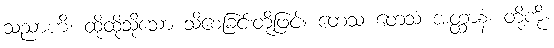
သညာဟိ၊ ထိုထိုသို့သော သိစေခြင်းတို့ဖြင့်။ တေသံ တေသံ အတ္ထာနံ၊ တို့ကို။